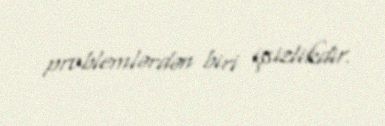
problemlərdən biri işsizlikdir.